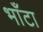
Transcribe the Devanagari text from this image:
भाँटा